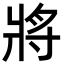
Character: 將